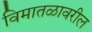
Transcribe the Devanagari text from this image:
विमातळावरील